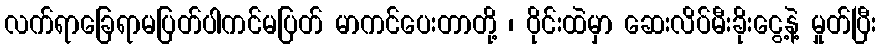
လက်ရာခြေရာမပြတ်ပါကင်မပြတ် မာကင်ပေးတာတို့ ၊ ဝိုင်းထဲမှာ ဆေးလိပ်မီးခိုးငွေ့နဲ့ မှုတ်ပြီး